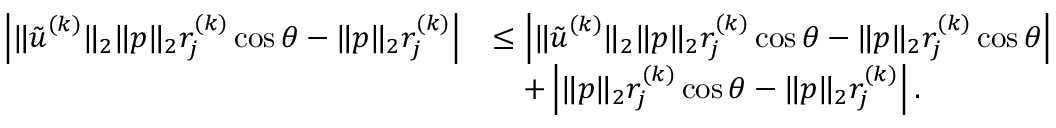
\begin{array} { r l } { \left| \| \tilde { { \boldsymbol u } } ^ { ( k ) } \| _ { 2 } \| { \boldsymbol p } \| _ { 2 } r _ { j } ^ { ( k ) } \cos \theta - \| { \boldsymbol p } \| _ { 2 } r _ { j } ^ { ( k ) } \right| } & { \leq \left| \| \tilde { { \boldsymbol u } } ^ { ( k ) } \| _ { 2 } \| { \boldsymbol p } \| _ { 2 } r _ { j } ^ { ( k ) } \cos \theta - \| { \boldsymbol p } \| _ { 2 } r _ { j } ^ { ( k ) } \cos \theta \right| } \\ & { \quad + \left| \| { \boldsymbol p } \| _ { 2 } r _ { j } ^ { ( k ) } \cos \theta - \| { \boldsymbol p } \| _ { 2 } r _ { j } ^ { ( k ) } \right| . } \end{array}